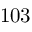
1 0 3